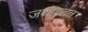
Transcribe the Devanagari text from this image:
जयपुरात